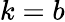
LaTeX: k=b